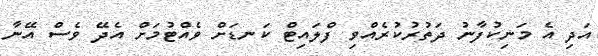
އަދި އެ މަނިކުފާނު ދަތުރުކުރެއްވި ފްލައިޓް ކަނޑަށް ވެއްޓުމަށް އެދޭ ވެސް އޭނާ